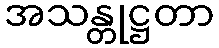
အသန္တုဋ္ဌတာ